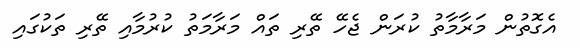
އެގޮތުން މަރާމާތު ކުރަން ޖެހޭ ތޭރި ތައް މަރާމަތު ކުރުމާއި ތޭރި ތަކުގައި